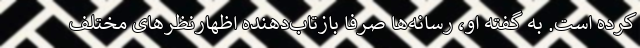
کرده است. به گفته او، رسانه‌ها صرفا بازتاب‌دهنده اظهارنظرهای مختلف